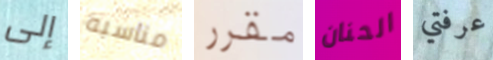
إلى مناسبه مقرر الحنان عرفتي